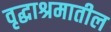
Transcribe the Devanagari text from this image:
वृद्धाश्रमातील